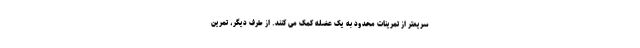
سریعتر از تمرینات محدود به یک عضله کمک می کنند. از طرف دیگر، تمرین